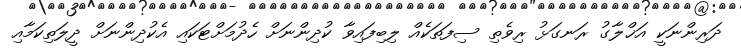
ދަރިންނަކީ އަޚްލާގު ރަނގަޅު ރިވެތި ސިފަތަކެއް ލިބިފައިވާ ކުދިންނަށް ހެދުމަށްޓަކައި އެކުދިންނަށް ދީލަތިކަމާއި